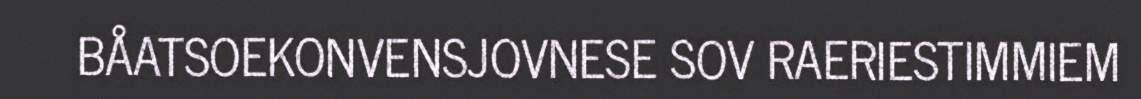
BÅATSOEKONVENSJOVNESE SOV RAERIESTIMMIEM